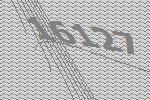
16127